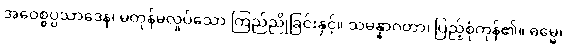
အဝေစ္စပ္ပသာဒေန၊ မတုန်မလှုပ်သော ကြည်ညိုခြင်းနှင့်။ သမန္နာဂတာ၊ ပြည့်စုံကုန်၏။ ဓမ္မေ၊